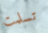
تسلمت